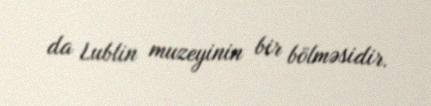
da Lublin muzeyinin bir bölməsidir.